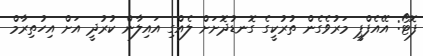
ފޮޓޯ: އޭއެފްޕީ މަރުވެގެން ތުރުކީގެ ގޮނޑުދޮަށަށް ލެއްގި އައިލާން ކުރުދީ އަށް އިހުތިރާމް